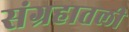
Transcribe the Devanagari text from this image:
संग्रहातली